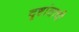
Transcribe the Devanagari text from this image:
दृष्टांताची